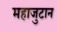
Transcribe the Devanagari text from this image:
महाजुटान